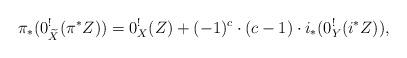
LaTeX: \begin{align*}\pi_*(0^!_{\widetilde X}(\pi^*Z))=0_X^!(Z)+(-1)^c\cdot (c-1)\cdot i_* (0_Y^!(i^*Z)),\end{align*}